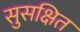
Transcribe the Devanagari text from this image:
सुसक्षित